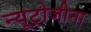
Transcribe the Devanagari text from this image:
न्यूट्रोजीना